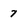
Character: 7